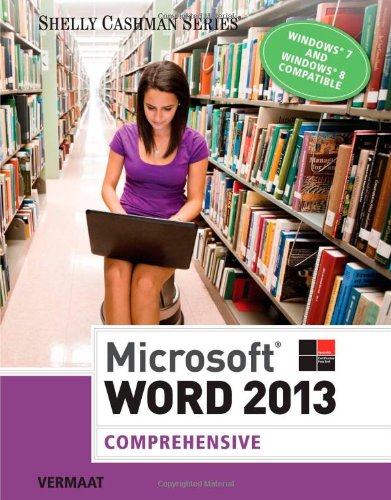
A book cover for Microsoft Word 2013: Comprehensive (Shelly Cashman); Misty E. Vermaat; Computers & Technology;